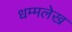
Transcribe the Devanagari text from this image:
धम्मलेख